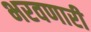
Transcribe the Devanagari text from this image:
भरवणारी